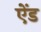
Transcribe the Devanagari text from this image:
एेंड